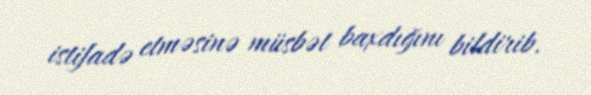
istifadə etməsinə müsbət baxdığını bildirib.